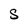
Character: s